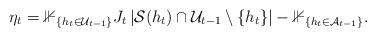
LaTeX: \begin{align*}\eta_t=\mathbb{1}_{\{h_t\in \mathcal{U}_{t-1}\}} J_t\left|\mathcal{S}(h_t)\cap \mathcal{U}_{t-1}\setminus \{h_t\}\right|-\mathbb{1}_{\{h_t\in \mathcal{A}_{t-1}\}}.\end{align*}